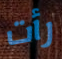
رأت